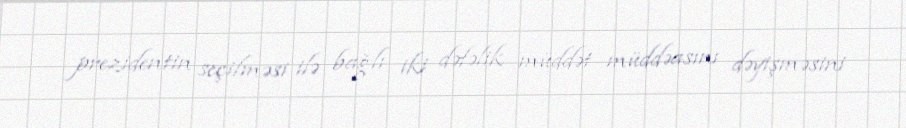
prezidentin seçilməsi ilə bağlı iki dəfəlik müddət müddəasını dəyişməsini